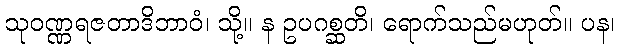
သုဝဏ္ဏရဇတာဒိဘာဝံ၊ သို့။ န ဥပဂစ္ဆတိ၊ ရောက်သည်မဟုတ်။ ပန၊